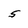
Character: 5